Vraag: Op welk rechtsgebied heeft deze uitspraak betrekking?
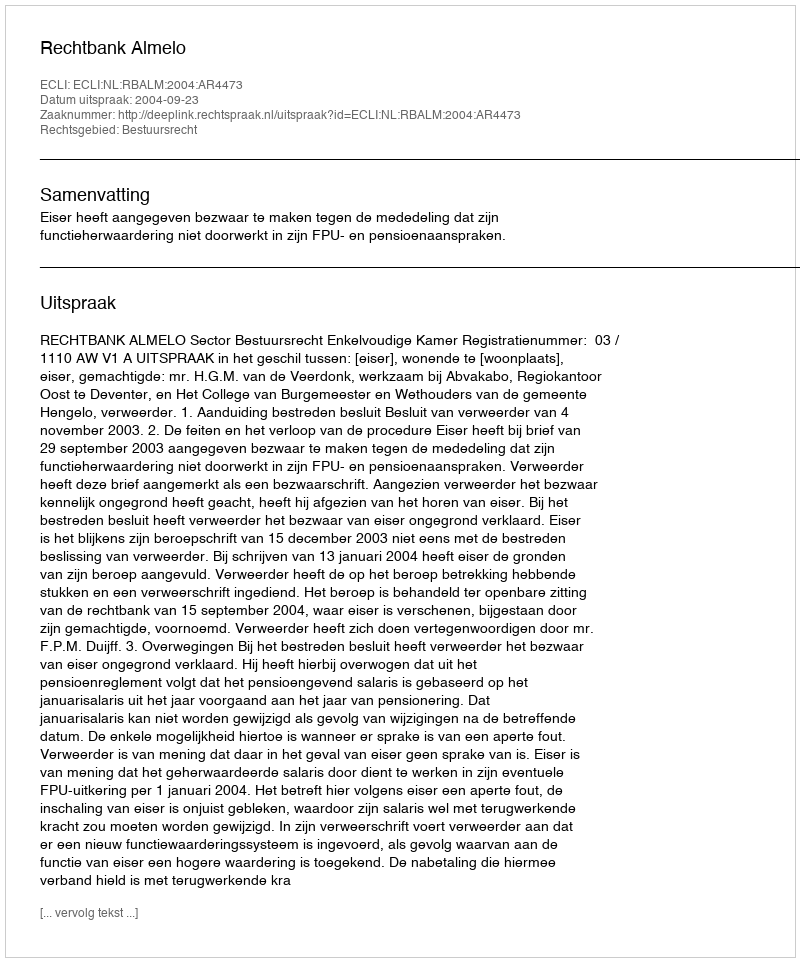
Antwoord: Bestuursrecht